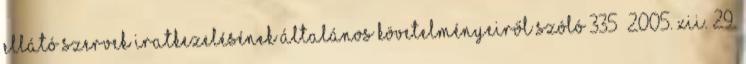
ellátó szervek iratkezelésének általános követelményeiről szóló 335 2005. XII. 29.